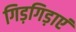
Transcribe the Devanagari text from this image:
गिड़गिड़ाएं